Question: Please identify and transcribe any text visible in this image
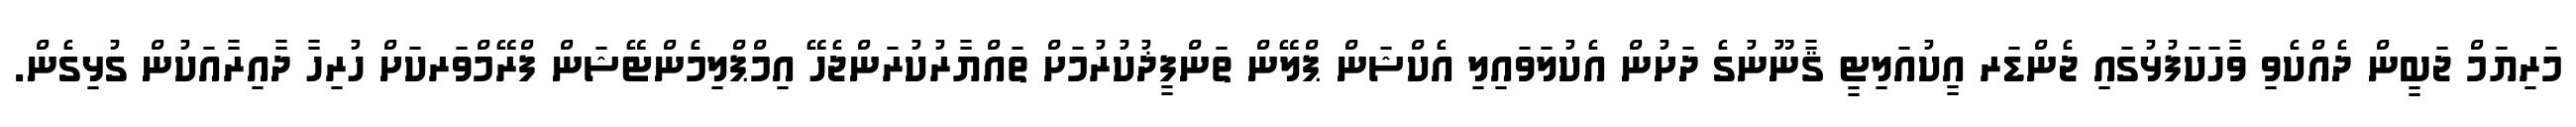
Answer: މަރިޔަމް ޖަބީން ދެއްކެވި ވާހަކަފުޅުގައި ޖެންޑަރ އީކުއަލިޓީ ޤާނޫނުގެ ދަށުން އެކުލަވައިލި އެކްޝަން ޕްލޭން ތަންފީޛުކުރުމަށް ތައްޔާރުކުރަންޖެހޭ އިމްޕްލިމެންޓޭޝަން ފްރޭމްވަރކަށް ހުރިހާ ދާއިރާއަކުން ގުޅިގެން.